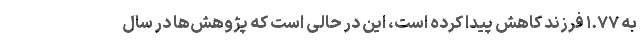
به ۱.۷۷ فرزند کاهش پیدا کرده است، این در حالی است که پژوهش‌ها در سال